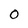
Character: O